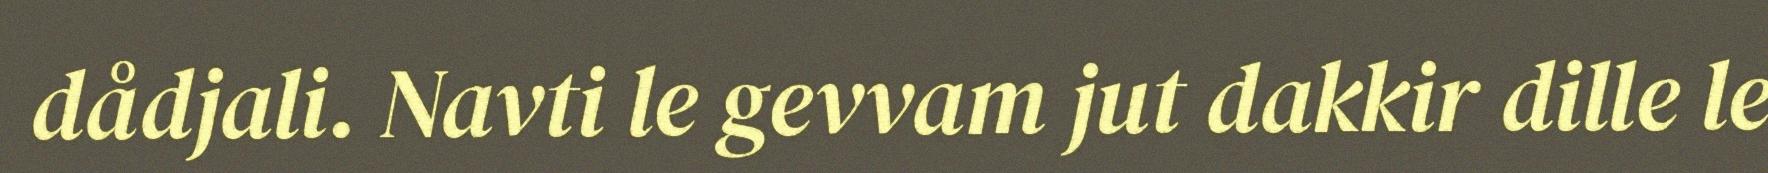
dådjali. Navti le gevvam jut dakkir dille le